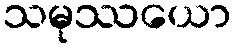
သမုဿယော